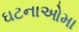
ઘટનાઓમા